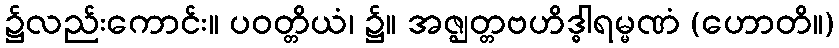
၌လည်းကောင်း။ ပဝတ္တိယံ၊ ၌။ အဇ္ဈတ္တဗဟိဒ္ဓါရမ္မဏံ (ဟောတိ။)